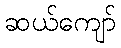
ဆယ်ကျော်